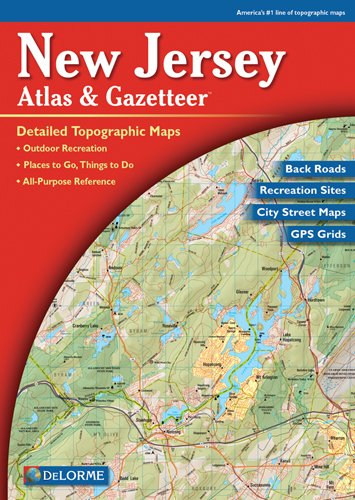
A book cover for New Jersey Atlas & Gazetteer; Delorme; Reference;